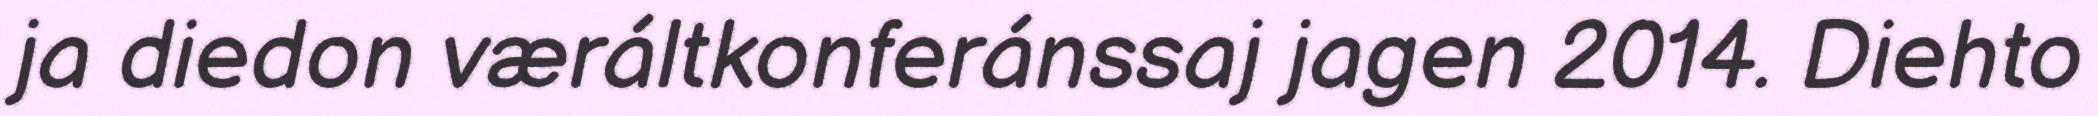
ja diedon væráltkonferánssaj jagen 2014. Diehto